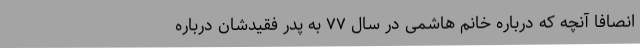
انصافا آنچه که درباره خانم هاشمی در سال ۷۷ به پدر فقیدشان درباره